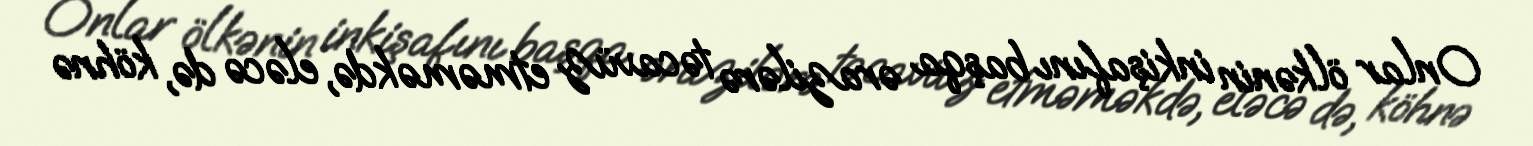
Onlar ölkənin inkişafını başqa ərazilərə təcavüz etməməkdə, eləcə də, köhnə